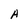
Character: A